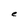
Character: e